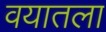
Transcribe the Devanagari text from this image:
वयातला